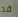
قد